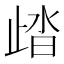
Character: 𣥾